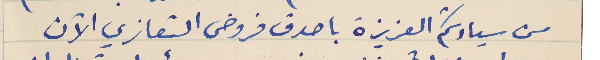
من سيادتكم العزيزة باصدق فروض التعازي الآن